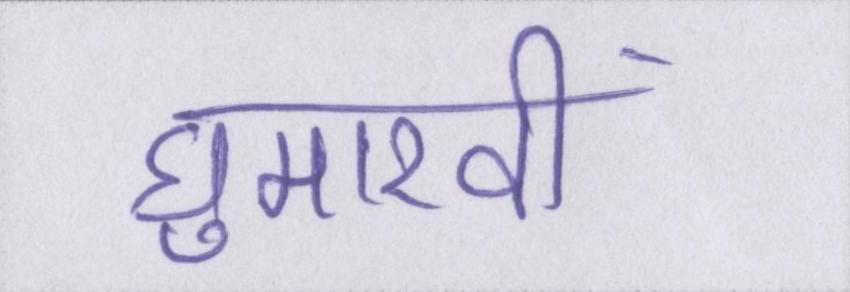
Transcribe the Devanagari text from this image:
घुमारवीं